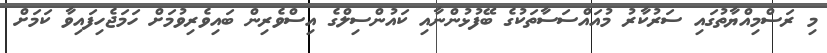
މި ރަސްމިއްޔާތުގައި ސަރުކާރު މުއައްސަސާތަކުގެ ބޭފުޅުންނާއި ކައުންސިލްގެ އިސްވެރިން ބައިވެރިވުމަށް ހަަމަޖެހިފައިވާ ކަމަށް